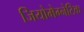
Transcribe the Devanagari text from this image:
जियोमेग्नेटिक